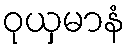
ဝုယှမာနံ